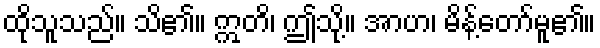
ထိုသူသည်။ သိ၏။ ဣတိ၊ ဤသို့။ အာဟ၊ မိန့်တော်မူ၏။